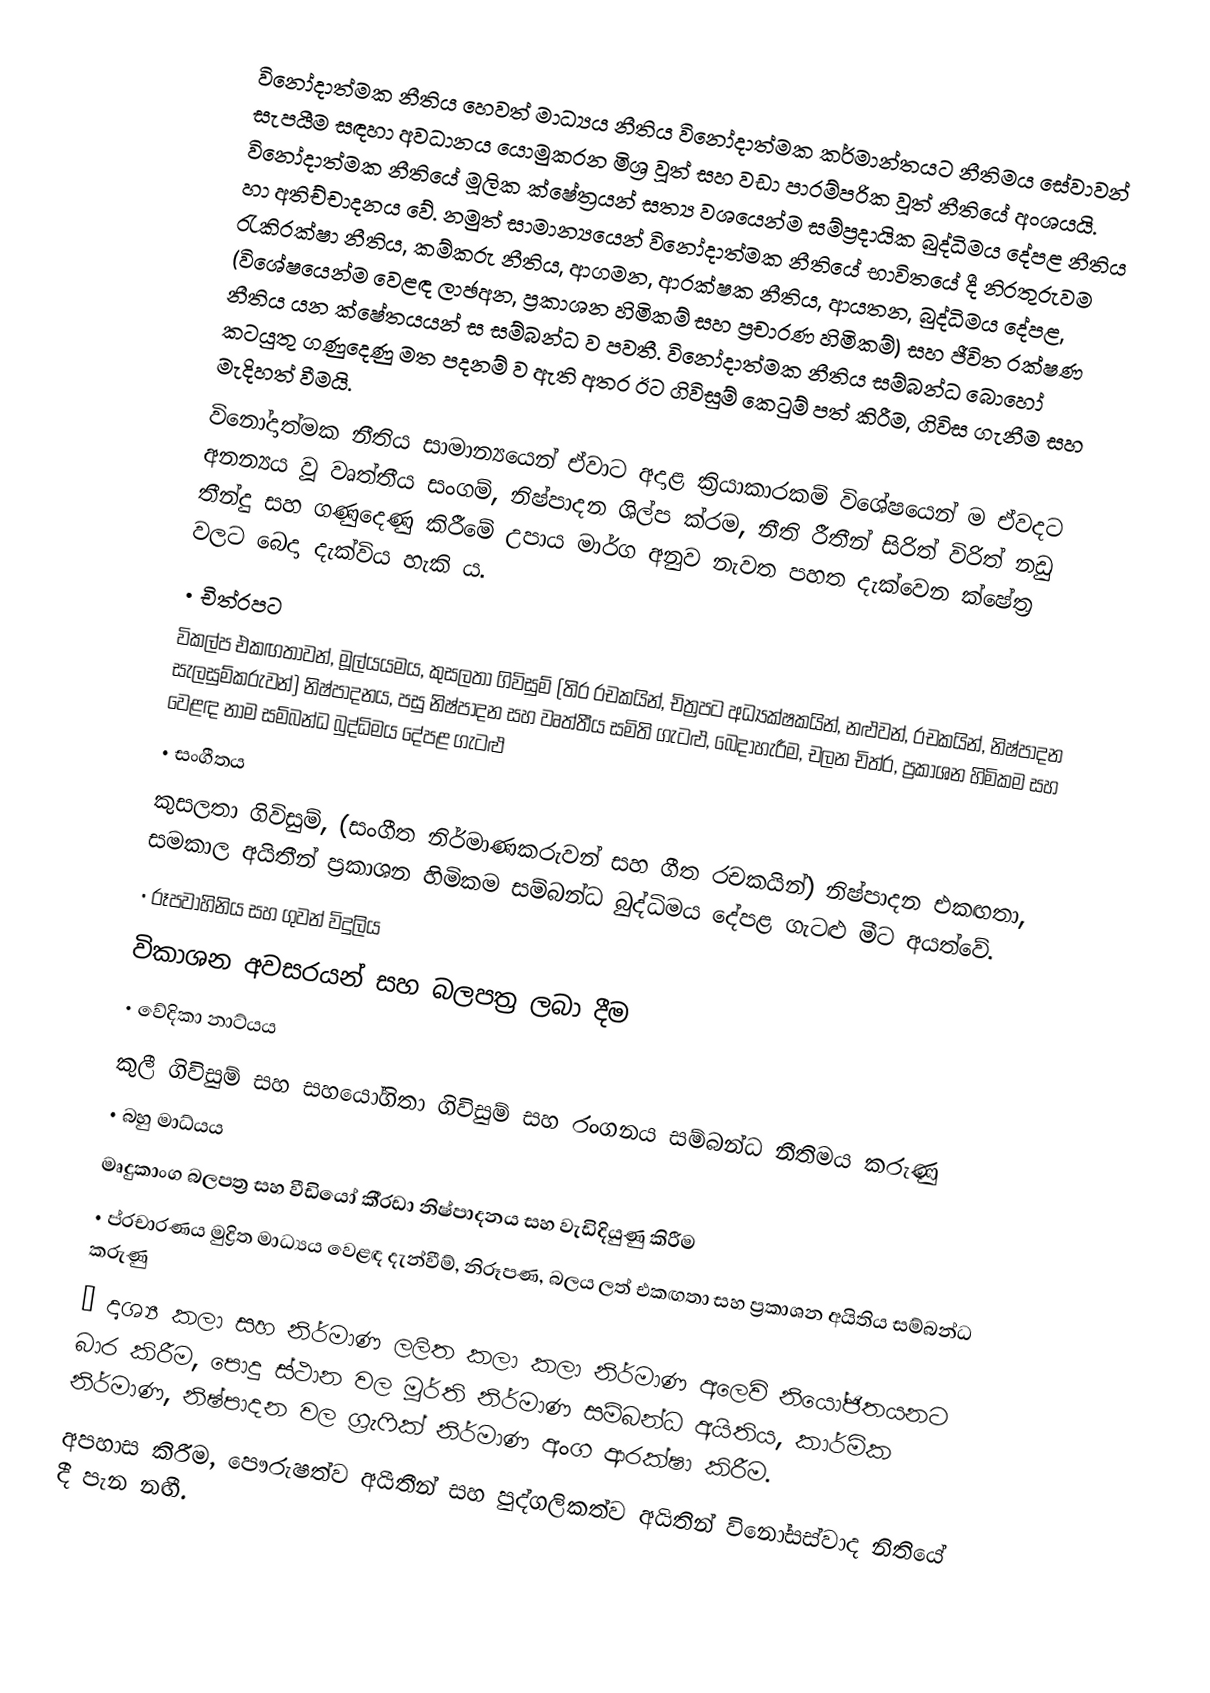
විනෝදාත්මක නීතිය හෙවත් මාධ්‍යය නීතිය  විනෝදාත්මක කර්මාන්තයට නීතිමය සේවාවන් සැපයීම සඳහා අවධානය යොමුකරන මිශ්‍ර වූත් සහ වඩා පාරම්පරික වූත් නීතියේ අංශයයි. විනෝදාත්මක නීතියේ මූලික ක්ෂේත්‍රයන් සත්‍ය වශයෙන්ම සම්ප්‍රදායික බුද්ධිමය දේපළ නීතිය හා අතිච්චාදනය වේ. නමුත් සාමාන්‍යයෙන් විනෝදාත්මක නීතියේ භාවිතයේ දී නිරතුරුවම රැකිරක්ෂා නීතිය, කම්කරු නීතිය, ආගමන, ආරක්ෂක නීතිය, ආයතන, බුද්ධිමය දේපළ, (විශේෂයෙන්ම වෙළඳ ලාඡඅන, ප්‍රකාශන හිමිකම් සහ ප්‍රචාරණ හිමිකම්) සහ ජීවිත රක්ෂණ නීතිය යන ක්ෂේතයයන් ස සම්බන්ධ ව පවතී. විනෝදාත්මක නීතිය සම්බන්ධ බොහෝ කටයුතු ගණුදෙණු මත පදනම් ව ඇති අතර ඊට ගිවිසුම් කෙටුම් පත් කිරීම, ගිවිස ගැනීම සහ මැදිහත් වීමයි.
විනෝදාත්මක නීතිය සාමාන්‍යයෙන් ඒවාට අදාළ ක්‍රියාකාරකම් විශේෂයෙන් ම ඒවදට අනන්‍යය වූ වෘත්තීය සංගම්, නිෂ්පාදන ශිල්ප ක්රම, නීති රීතීන් සිරිත් විරිත් නඩු තීන්දු සහ ගණුදෙණු කිරීමේ උපාය මාර්ග අනුව නැවත පහත දැක්වෙන ක්ෂේත්‍ර වලට බෙදා දැක්විය හැකි ය.
•	චිත්රපට
විකල්ප එකඟතාවන්,  මූල්යයමය, කුසලතා ගිවිසුම් (තිර රචකයින්, චිත්‍රපට අධ්‍යක්ෂකයින්, නළුවන්, රචකයින්, නිෂ්පාදන සැලසුම්කරුවන්) නිෂ්පාදනය, පසු නිෂ්පාදන සහ වෘත්තීය සමිති ගැටළු, බෙදාහැරීම, චලන චිත්ර, ප්‍රකාශන හිමිකම සහ වෙළඳ නාම සම්බන්ධ බුද්ධිමය දේපළ ගැටළු
•	සංගීතය
කුසලතා ගිවිසුම්, (සංගීත නිර්මාණකරුවන් සහ ගීත රචකයින්) නිෂ්පාදන එකඟතා, සමකාල අයිතීන් ප්‍රකාශන හිමිකම සම්බන්ධ බුද්ධිමය දේපළ ගැටළු මීට අයත්වේ.
•	රූපවාහිනිය සහ ගුවන් විදුලිය
විකාශන අවසරයන් සහ බලපත්‍ර ලබා දීම
•	වේදිකා නාට්යය
කුලී ගිවිසුම් සහ සහයෝගිතා ගිවිසුම් සහ රංගනය සම්බන්ධ නීතිමය කරුණු
•	බහු මාධ්යය
මෘදුකාංග බලපත්‍ර සහ වීඩියෝ කී්‍රඩා නිෂ්පාදනය සහ වැඩිදියුණු කිරීම
•	ප්රචාරණය මුද්‍රිත මාධ්‍යය වෙළඳ දැන්වීම්, නිරූපණ, බලය ලත් එකඟතා සහ ප්‍රකාශන අයිතිය සම්බන්ධ කරුණු
•	දෘශ්‍ය කලා සහ නිර්මාණ ලලිත කලා කලා නිර්මාණ අලෙවි නියෝජිතයනට බාර කිරීම, පොදු ස්ථාන වල මූර්ති නිර්මාණ සම්බන්ධ අයිතිය, කාර්මික නිර්මාණ, නිෂ්පාදන වල ග්‍රැෆික් නිර්මාණ අංග ආරක්ෂා කිරීම.
අපහාස කිරීම, පෞරුෂත්ව අයීතීන් සහ පුද්ගලිකත්ව අයිතින් විනෝසස්වාද නිතියේ දී පැන නඟී.